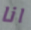
انا